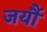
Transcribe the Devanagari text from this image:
जर्यौ